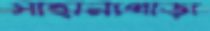
সাহানাপাড়া